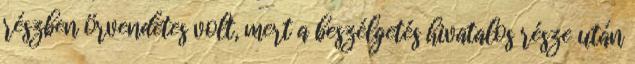
részben örvendetes volt, mert a beszélgetés hivatalos része után